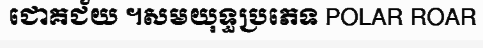
ជោគជ័យ ។សមយុទ្ធប្រភេទ POLAR ROAR